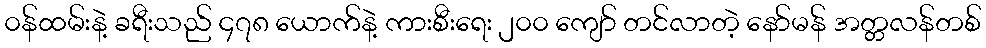
၀န်ထမ်းနဲ့ ခရီးသည် ၄၇၈ ယောက်နဲ့ ကားစီးရေး ၂၀၀ ကျော် တင်လာတဲ့ နော်မန် အတ္တလန်တစ်